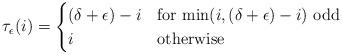
LaTeX: \begin{align*}\tau_\epsilon(i)&=\begin{cases}(\delta+\epsilon)-i&\mbox{for $\min(i,(\delta+\epsilon)-i)$ odd}\\i &\mbox{otherwise}\end{cases}\\\end{align*}